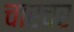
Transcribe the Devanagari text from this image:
चारचर